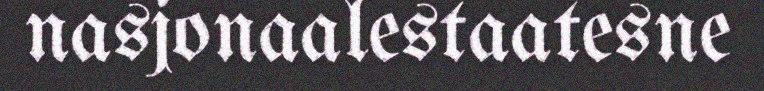
nasjonaalestaatesne